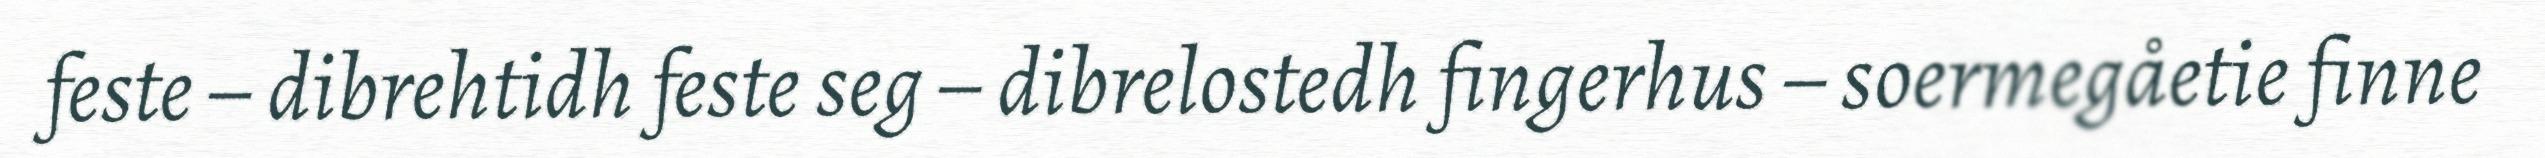
feste – dibrehtidh feste seg – dibrelostedh fingerhus – soermegåetie finne